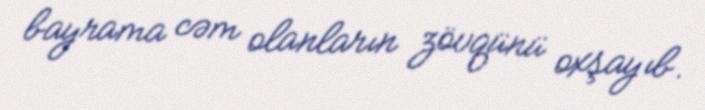
bayrama cəm olanların zövqünü oxşayıb.